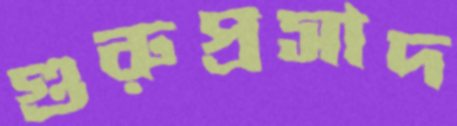
গুরুপ্রসাদ